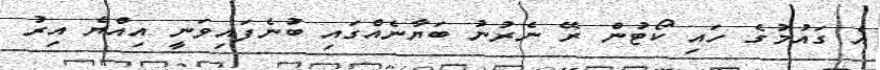
އެ ގައުމުގެ ހައި ކޯޓުން ރޭ ނެރުނު ބަޔާނެއްގައި ބުނެފައިވަނީ އިއްޔެ އިރު